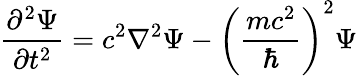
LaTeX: {\frac{\partial^{2}\Psi}{\partial t^{2}}}=c^{2}\nabla^{2}\Psi-\left({\frac{mc^{2}}{\hbar}}\right)^{2}\Psi\,